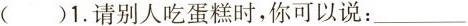
( )1.请别人吃蛋糕时,你可以说:___